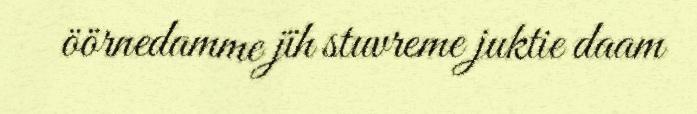
öörnedamme jïh stuvreme juktie daam